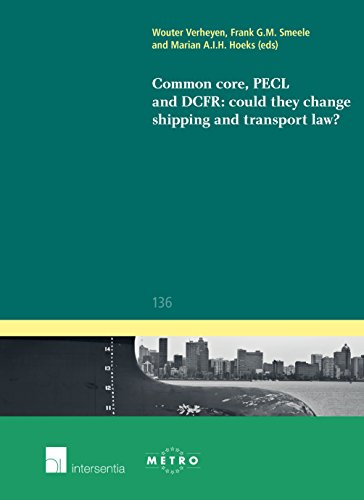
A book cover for Common Core, PECL and DCFR: could they change shipping and transport law? (Ius Commune Europaeum); Law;